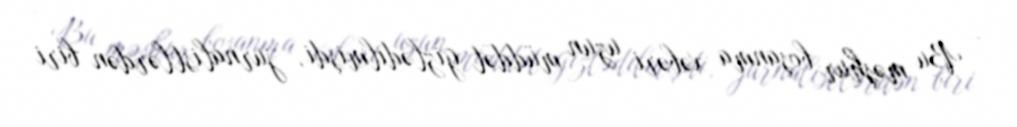
- Bu məşhur boşanma xəbəri uzun müddət gizlədilmişdi, jurnalistlərdən biri